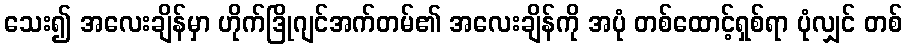
သေး၍ အလေးချိန်မှာ ဟိုက်ဒြိုဂျင်အက်တမ်၏ အလေးချိန်ကို အပုံ တစ်ထောင့်ရှစ်ရာ ပုံလျှင် တစ်